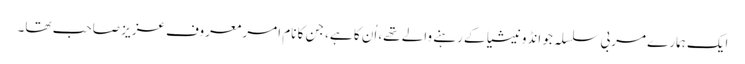
ایک ہمارے مربی سلسلہ جو انڈونیشیا کے رہنے والے تھے، اُن کا ہے، جن کا نام امر معروف عزیز صاحب تھا۔